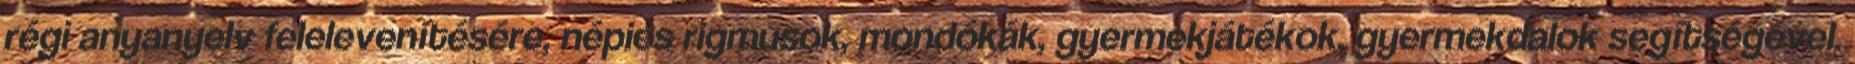
régi anyanyelv felelevenítésére, népies rigmusok, mondókák, gyermekjátékok, gyermekdalok segítségével.